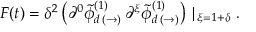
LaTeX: F ( t ) = \delta ^ { 2 } \left( \partial ^ { 0 } \tilde { \phi } _ { d \, ( \rightarrow ) } ^ { ( 1 ) } \, \partial ^ { \xi } \tilde { \phi } _ { d \, ( \rightarrow ) } ^ { ( 1 ) } \right) \mid _ { \xi = 1 + \delta } .